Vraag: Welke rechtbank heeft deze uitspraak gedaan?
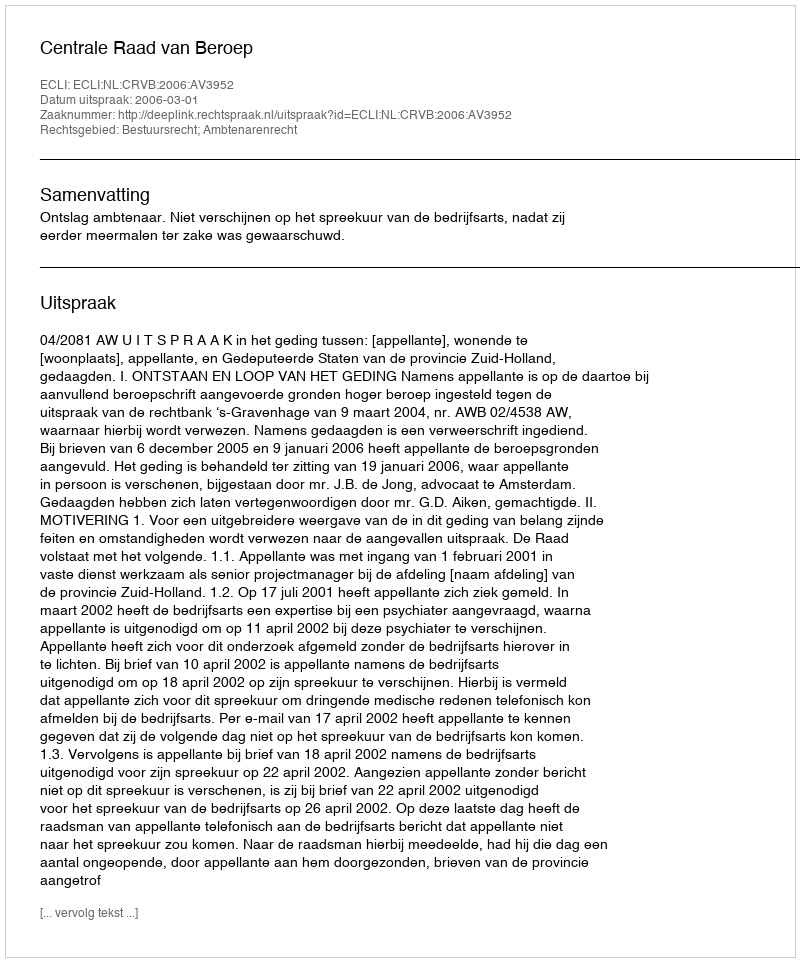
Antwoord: Centrale Raad van Beroep